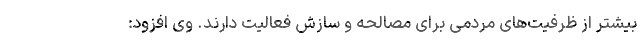
بیشتر از ظرفیت‌های مردمی برای مصالحه و سازش فعالیت دارند. وی افزود: